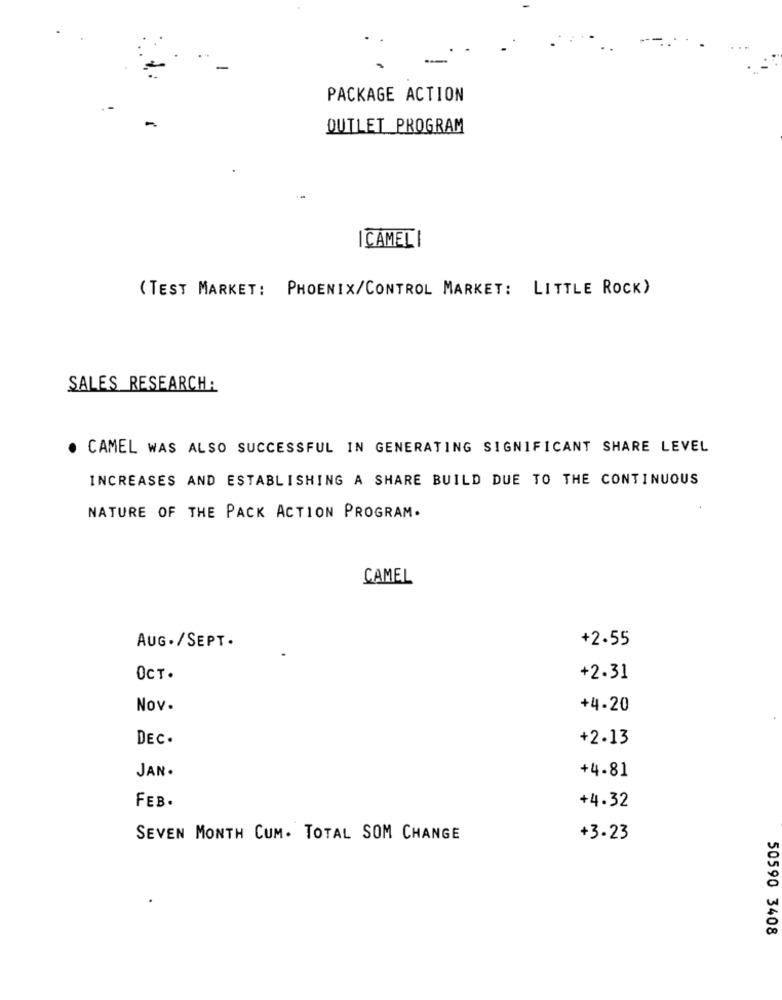
PACKAGE ACTION
-
OUTLET PROGRAM
I CAMELI
( TEST MARKET: PHOENIX/CONTROL MARKET: LITTLE ROCK)
SALES RESEARCH:
CAMEL WAS ALSO SUCCESSFUL IN GENERATING SIGNIFICANT SHARE LEVEL
INCREASES AND ESTABLISHING A SHARE BUILD DUE TO THE CONTINUOUS
NATURE OF THE PACK ACTION PROGRAM.
CAMEL
AUG ./SEPT.
+2.55
OCT.
+2.31
Nov.
+4.20
DEC.
+2.13
JAN.
+4.81
FEB.
+4.32
SEVEN MONTH CUM. TOTAL SOM CHANGE
+3.23
50590 3408